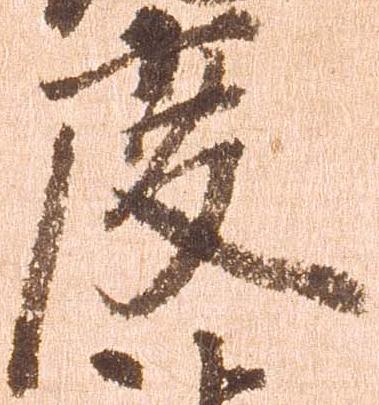
度